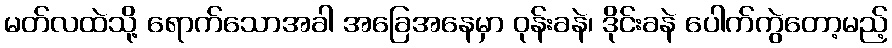
မတ်လထဲသို့ ရောက်သောအခါ အခြေအနေမှာ ဝုန်းခနဲ၊ ဒိုင်းခနဲ ပေါက်ကွဲတော့မည့်